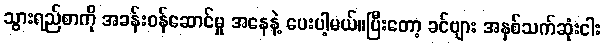
သွားရည်စာကို အခန်းဝန်ဆောင်မှု အနေနဲ့ ပေးပါ့မယ်။ပြီးတော့ ခင်ဗျား အနှစ်သက်ဆုံးငါး